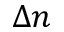
\Delta n